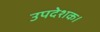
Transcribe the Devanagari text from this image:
उपदेशक।